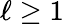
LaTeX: \ell\geq 1